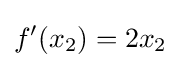
f'(x_{2})=2x_{2}